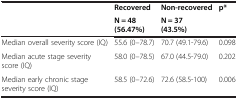
<table><thead><tr><td><b> </b></td><td><b>Recovered</b></td><td><b>Non-recovered</b></td><td><b>p*</b></td></tr><tr><td><b> </b></td><td><b>N = 48 (56.47%)</b></td><td><b>N = 37 (43.5%)</b></td><td><b> </b></td></tr></thead><tbody><tr><td>Median overall severity score (IQ)</td><td>55.6 (0–78.7)</td><td>70.7 (49.1-79.6)</td><td>0.098</td></tr><tr><td>Median acute stage severity score (IQ)</td><td>58.0 (0–78.5)</td><td>67.0 (44.5-79.0)</td><td>0.202</td></tr><tr><td>Median early chronic stage severity score (IQ)</td><td>58.5 (0–72.6)</td><td>72.6 (58.5-100)</td><td>0.006</td></tr></tbody></table>